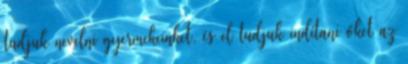
tudjuk nevelni gyermekeinket, és el tudjuk indítani őket az